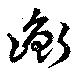
衡